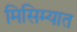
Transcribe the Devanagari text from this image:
मिसिम्यात